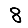
Digit: 8